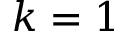
k = 1